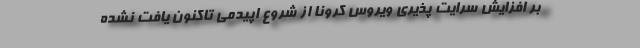
بر افزایش سرایت پذیری ویروس کرونا از شروع اپیدمی تاکنون یافت نشده